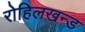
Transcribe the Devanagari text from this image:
रोहिलखन्ड